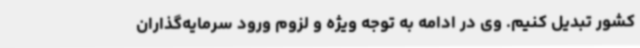
کشور تبدیل کنیم. وی در ادامه به توجه ویژه و لزوم ورود سرمایه‌گذاران